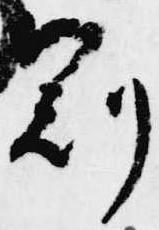
冠